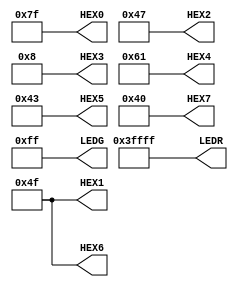
module Diwali(output [6:0]HEX0, HEX1, HEX2, HEX3, HEX4, HEX5, HEX6, HEX7, output [17:0]LEDR, output [7:0]LEDG);
/*assign HEX6 = 7'b1111111;
assign HEX5 = 7'b0001001;
assign HEX4 = 7'b0001000;
assign HEX3 = 7'b0001100;
assign HEX2 = 7'b0001100;
assign HEX1 = 7'b0010001;
assign HEX0 = 7'b1111111;
assign HEX6 = 7'b1111111;
assign HEX7 = 7'b1111111;*/
assign LEDR = 18'b111111111111111111;
assign LEDG = 8'b11111111;
assign HEX7 = 7'b1000000;
assign HEX6 = 7'b1001111;
assign HEX5 = 7'b1000011;
assign HEX4 = 7'b1100001;
assign HEX3 = 7'b0001000;
assign HEX2 = 7'b1000111;
assign HEX1 = 7'b1001111;
assign HEX0 = 7'b1111111;
endmodule